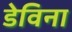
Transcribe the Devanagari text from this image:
डेविना